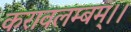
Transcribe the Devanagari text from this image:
करावलम्बम्।।